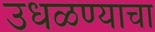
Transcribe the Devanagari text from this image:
उधळण्याचा